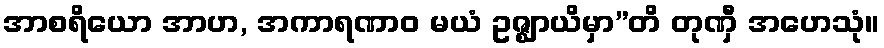
အာစရိယော အာဟ, အကာရဏာဝ မယံ ဥဇ္ဈာယိမှာ”တိ တုဏှီ အဟေသုံ။